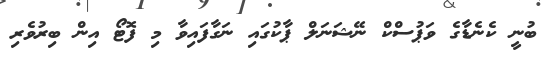
ބުނީ ކެނެޑާގެ ވަޕުސްކް ނޭޝަނަލް ޕާކުގައި ނަގާފައިވާ މި ފޮޓޯ އިން ބިރުވެރި